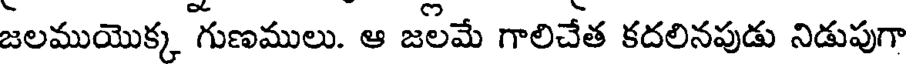
జలముయొక్క గుణములు. ఆ జలమే గాలిచేత కదలినపుడు నిడుపుగా